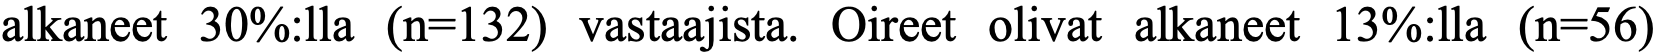
alkaneet 30%:lla (n=132) vastaajista. Oireet olivat alkaneet 13%:lla (n=56)